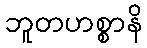
ဘူတဟစ္စာနိ